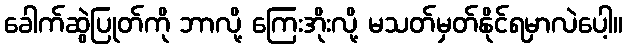
ခေါက်ဆွဲပြုတ်ကို ဘာလို့ ကြေးအိုးလို့ မသတ်မှတ်နိုင်ရမှာလဲပေါ့။